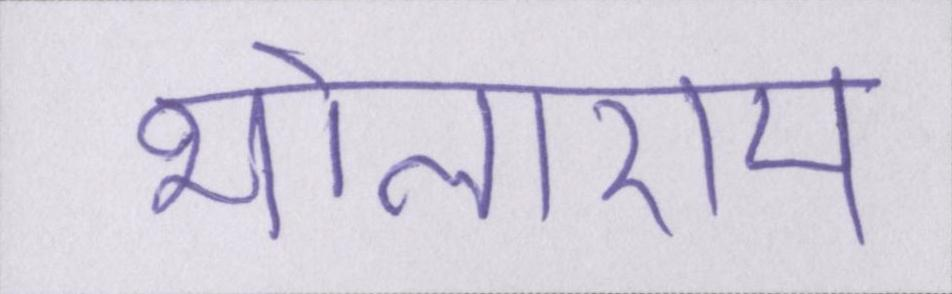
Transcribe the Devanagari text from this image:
भोलाराम